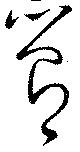
管